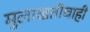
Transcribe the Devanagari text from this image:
मुलाखतीचाही